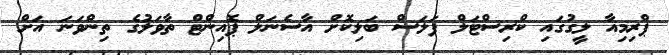
ޕްރިމިއާ ލީގުގައި ކްރިސްޓަލް ޕަލަސް ބަލިކޮށް އާސެނަލް ޕޮއިންޓް ތާވަލުގެ ތިންވަނަ އަށް